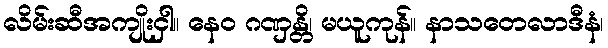
လိမ်းဆီအကျိုးငှါ။ နေဝ ဂဏှန္တိ၊ မယူကုန်။ နာသတေလာဒီနံ၊